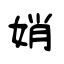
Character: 娋